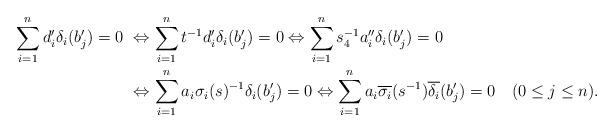
LaTeX: \begin{align*}\sum_{i=1}^{n} d_i'\delta_i(b_j') = 0 &\ \Leftrightarrow \sum_{i=1}^{n} t^{-1}d_i'\delta_i(b_j') = 0 \Leftrightarrow \sum_{i=1}^{n} s_4^{-1}a_i''\delta_i(b_j') = 0 \\&\ \Leftrightarrow \sum_{i=1}^{n} a_i\sigma_i(s)^{-1}\delta_i(b_j') = 0 \Leftrightarrow \sum_{i=1}^{n} a_i\overline{\sigma_i}(s^{-1}) \overline{\delta_i}(b_j') = 0\ \ \ (0\le j\le n). \end{align*}